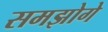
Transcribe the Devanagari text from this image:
समझोगे